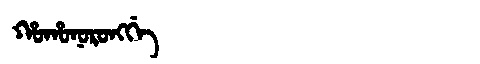
Manchu: ᡥᠣᡥᠣᠨᠣᡵᠣᠩᡤᡝ
Romanization: HOHONORONGGE